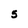
Character: 5